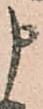
申